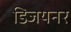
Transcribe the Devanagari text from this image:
डिजयनर